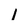
Character: 1